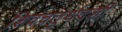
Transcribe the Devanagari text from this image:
शिवचतुर्थदर्शी